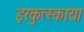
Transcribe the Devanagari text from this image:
इरकुत्स्काया